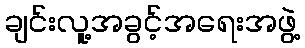
ချင်းလူ့အခွင့်အရေးအဖွဲ့